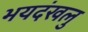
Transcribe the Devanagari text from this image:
भयदंखलु